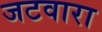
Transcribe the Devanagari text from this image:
जटवारा